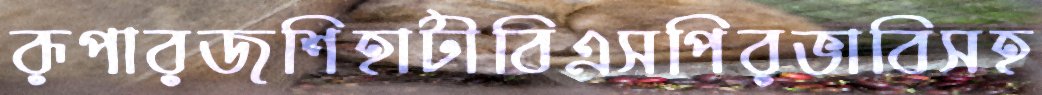
রূপারজশিহাটীবিএসপিরভাবিসহ